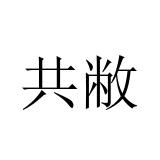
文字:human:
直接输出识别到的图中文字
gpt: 共敝